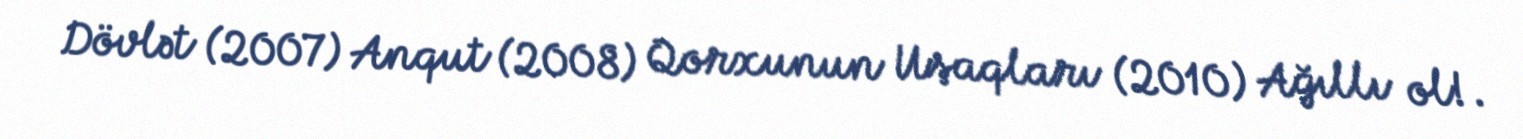
Dövlət (2007) Anqut (2008) Qorxunun Uşaqları (2010) Ağıllı ol!.